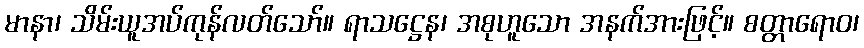
မာနာ၊ သိမ်းယူအပ်ကုန်လတ်သော်။ ရာသဋ္ဌေန၊ အစုဟူသော အနက်အားဖြင့်။ စတ္တာရောဝ၊